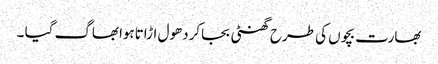
بھارت بچوں کی طرح گھنٹی بجاکردھول اڑاتاہوابھاگ گیا ۔